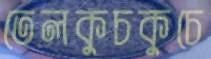
তেলকুচকুচে